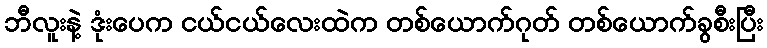
ဘီလူးနဲ့ ဒုံးပေက ငယ်ငယ်လေးထဲက တစ်ယောက်ဂုတ် တစ်ယောက်ခွစီးပြီး